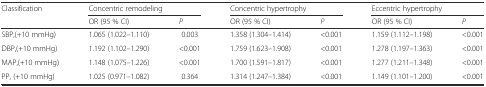
| <ROWSPAN=2> Classification | <COLSPAN=2> Concentric remodeling | <COLSPAN=2> Concentric hypertrophy | <COLSPAN=2> Eccentric hypertrophy |
 | OR (95 % CI) | P | OR (95 % CI) | P | OR (95 % CI) | P |
 | --- | --- | --- | --- | --- | --- | --- |
 | SBP,(+10 mmHg) | 1.065 (1.022–1.110) | 0.003 | 1.358 (1.304–1.414) | <0.001 | 1.159 (1.112–1.198) | <0.001 |
 | DBP,(+10 mmHg) | 1.192 (1.102–1.290) | <0.001 | 1.759 (1.623–1.908) | <0.001 | 1.278 (1.197–1.363) | <0.001 |
 | MAP,(+10 mmHg) | 1.148 (1.075–1.226) | <0.001 | 1.700 (1.591–1.817) | <0.001 | 1.277 (1.211–1.348) | <0.001 |
 | PP, (+10 mmHg) | 1.025 (0.971–1.082) | 0.364 | 1.314 (1.247–1.384) | <0.001 | 1.149 (1.101–1.200) | <0.001 |